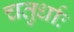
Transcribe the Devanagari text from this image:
चतुर्धाः